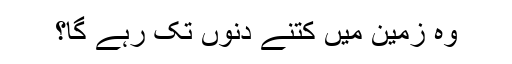
وہ زمین میں کتنے دنوں تک رہے گا؟